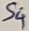
Text: S4